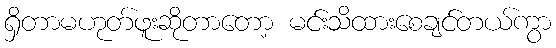
ရှိတာမဟုတ်ဖူးဆိုတာတော့ မင်းသိထားစေချင်တယ်ကွာ